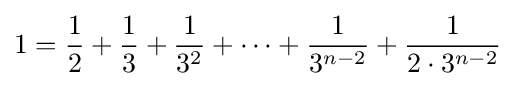
1={\frac {1}{2}}+{\frac {1}{3}}+{\frac {1}{3^{2}}}+\dots +{\frac {1}{3^{n-2}}}+{\frac {1}{2\cdot 3^{n-2}}}